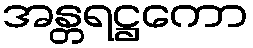
အန္တရဋ္ဌကော